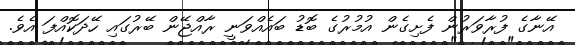
އޭނާގެ ފުރާވަރުން ފެށިގެން އުމުރުގެ ބޮޑު ބައެއްވަނީ ރާއްޖޭން ބޭރުގައި ހޭދަކޮއްފަ އެވެ.